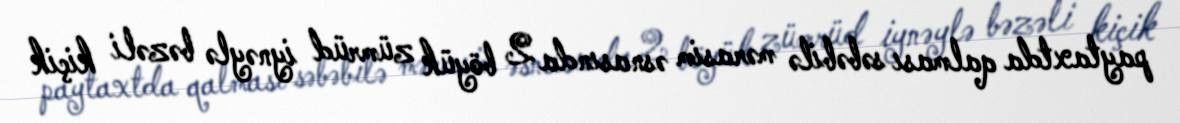
paytaxtda qalması səbəbilə mərasim əsnasında 2 böyük zümrüd iynəylə bəzəli kiçik